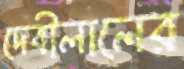
দেবীলালের